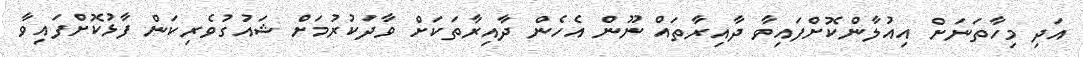
އަދި މިހާތަނަށް އިއުލާންކޮށްފައިވާ ދާއިރާތައް ނޫން އެހެން ދާއިރާތަކަށް ވާދަކުރުމަށް ޝައުގުވެރިކަން ފާޅުކޮށްފައިވާ